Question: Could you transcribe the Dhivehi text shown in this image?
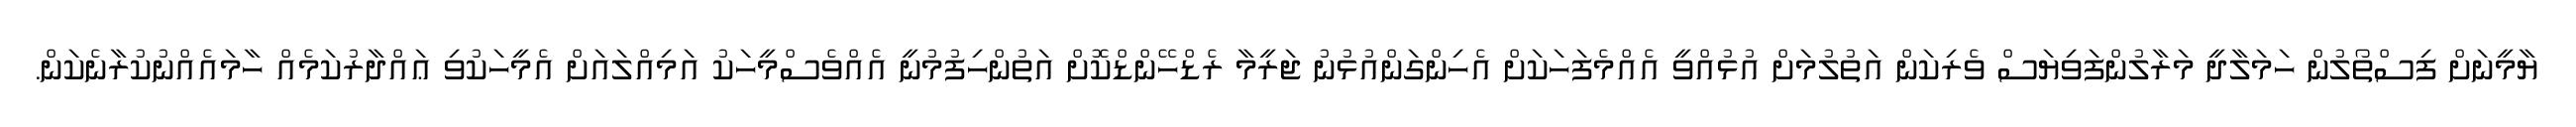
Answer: ޔާމީނަށް ފިސްތޯލުން ހަމަލާދީ މަރާލުންފަވިޔަސް ވެރިކަން އަތުލުމަށް އުޅުއްވީ އެއްމެފަހަކަށް އެހިންގަންއުޅުނު ޖަރީމާ ރެޑްހޭންޑްކޮށް އަތުންހިފުމުނީ އެއްވެސްމީހަކު އަމިއްލައަށް އެމީހަކުވި ޢައްދާރުކަމެއް ހާމައެއްނުކުރާނެކަން.